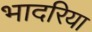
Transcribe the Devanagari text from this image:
भादरिया